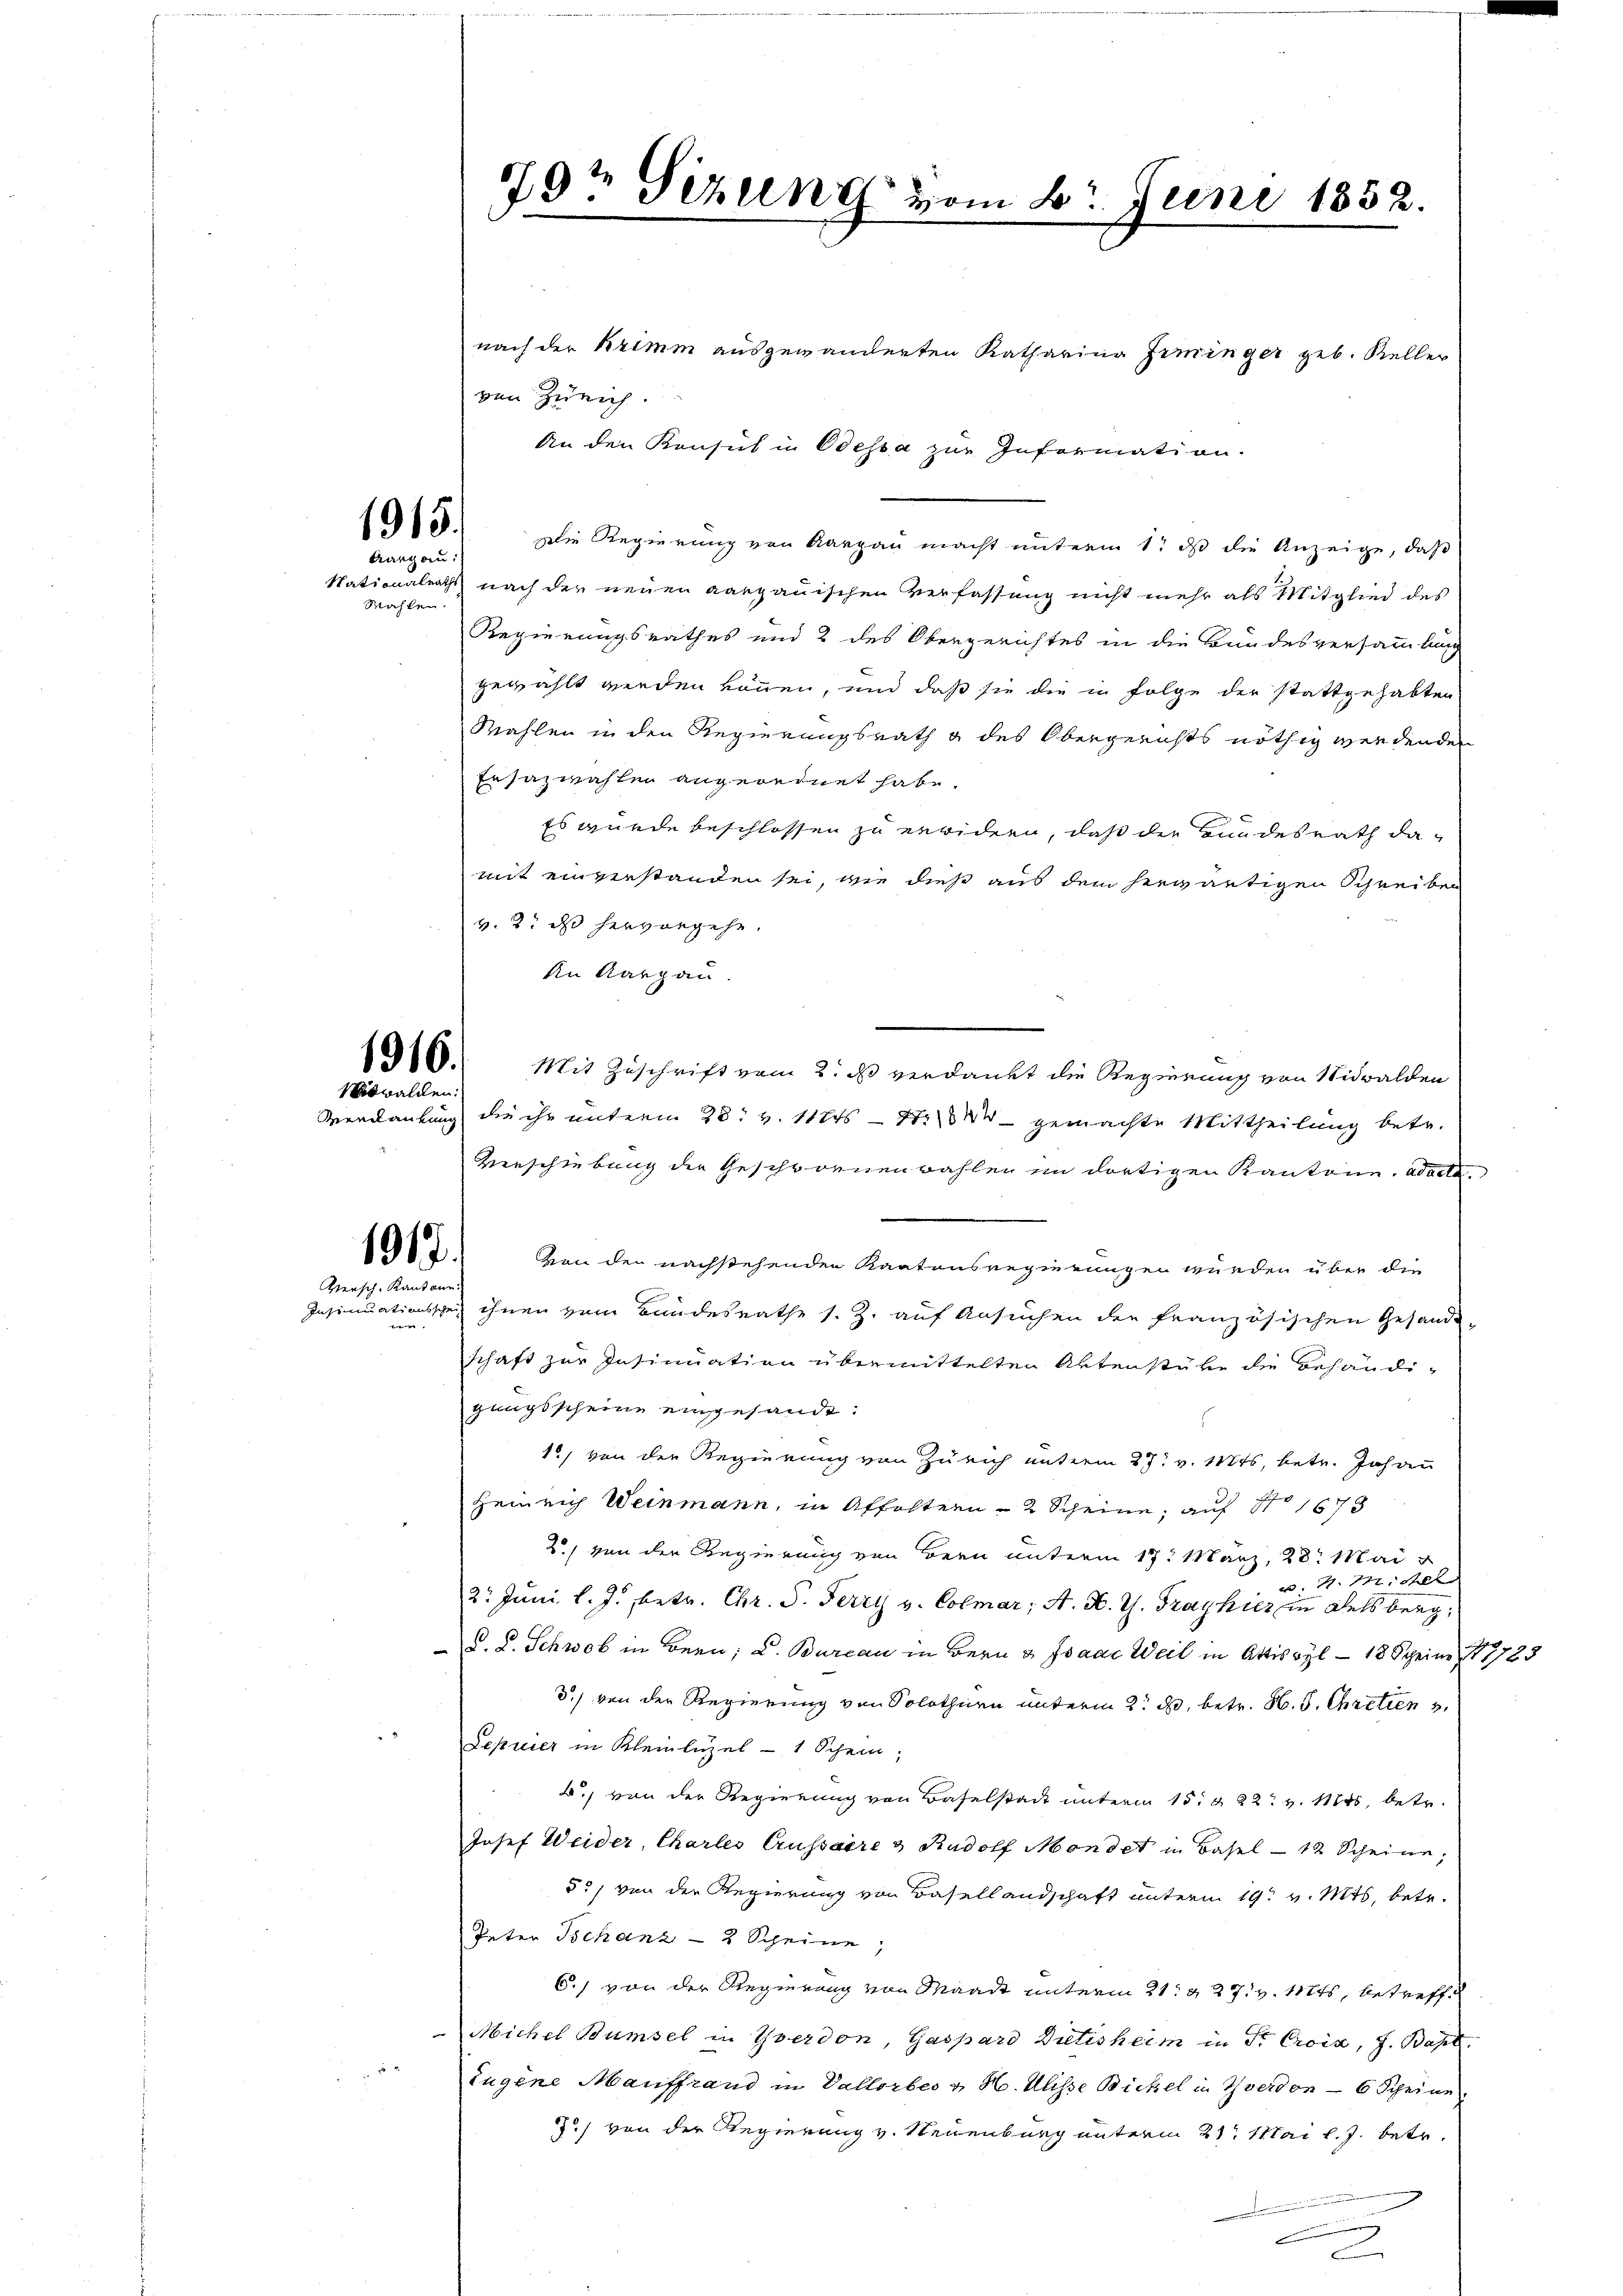
1915.
Aargau:
Wahlen.

Nidwalden:

1917.
Versch. Kantone.

nach der Krimm ausgewänderten Katharina Griinger geb. Keller
von Zürich.
An den Konsul in Odessa zur Information.
Die Regierung von Aargau macht unterm 1t ds die Anzeige, daß
Nationalrath nach der neuen aargauischen Verfassung nicht mehr als Mitglied des
Regierungsrathes und 2 des Obergerichtes in die Bundesversammlung
gewählt werden können, und daß sie die in Folge der stattgehabten
Mahlen in den Regierungsrath g des Obergerichts nöthig werdenden
Ersazwahlen angeordnet habe.
Es wurde beschlossen zu erwidern, daß die Hundesrath damit einverstanden sei, wie dieß aus dem herwärtigen Schreiben
v. 3. ds hervorgehe.
An Aargau.
1816. Mit Zuschrift vom 2. ds verdankt die Regierung von Nidwalden
Verdankung die ihr unterm 28. v. 112 - 4. gemachte Mittheilung betr.
Verschiebung der Geschwornenwahlen im dortigen Kantone. ad acta.
von den nachstehenden Kantonsregierungen wurden über die
Insinuationsscheit ihnen vom Bundesrathe s. Z. auf Ansuchen der französischen Gesandt-
schaft zur Insinuation übermittelten Aktenstüke die Behändi-
gungsscheine eingesandt.
1) von der Regierung von Zürich unterm 27. v. 117ts, betr. Johann
Heinrich Weinmann, in Affoltern — 2 Scheine, auf No 1673
20, von der Regierung von Bern unterm 17. März, 28. Mai
w. 4. 177, Aller
2t Juni l. J., betr. Chr. S. Ferry v. Colmar; A. B. G. Traghier in Delsberg,
d. L. Schwob in Bern; L. Bureau in Bern & Isaac Weil in Attiswyl - 18 Scheine 1723
d.) von der Regierung von Solothurn unterm 2. d. betr. H. S. Cretien
Leprier in Kleinlüzel - 1 Schein;
A.) von der Regierung von Baselstadt unterm 15. d. 22. v. Mts. betr.
Josef Weider, Charles Aussaire & Rudolf Mondet in Basel - 12 Scheine,
55, von der Regierung von Basellandschaft unterm 19t v. Mts. betr.
Peter Tschanz - 2 Scheine,
6.) von der Regierung von Waadt unterm 21. d. 27. v. Mts., betreff
Michel Bumsel in Yverdon, Gaspard Dietisheim in Sr. Croix, J. Bapt
Eugene Mauffrand in Vallorbes v. H. Ulisse Bickel in Yverdon - 6 Scheine
J.) von der Regierung v. Neuenburg unterm 21. Mai l. J. betr.
r
A

9t Gizling vom 8. Juni 1852.
.